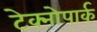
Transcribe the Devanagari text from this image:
टेक्नोपार्क